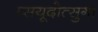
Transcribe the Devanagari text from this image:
प्सयूदोत्सुगा